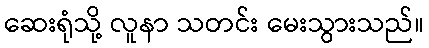
ဆေးရုံသို့ လူနာ သတင်း မေးသွားသည်။